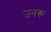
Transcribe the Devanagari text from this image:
उनरू